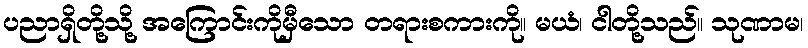
ပညာရှိတို့သို့ အကြောင်းကိုမှီသော တရားစကားကို။ မယံ၊ ငါတို့သည်။ သုဏာမ၊